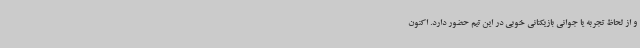
و از لحاظ تجربه یا جوانی بازیکنانی خوبی در این تیم حضور دارد. اکنون